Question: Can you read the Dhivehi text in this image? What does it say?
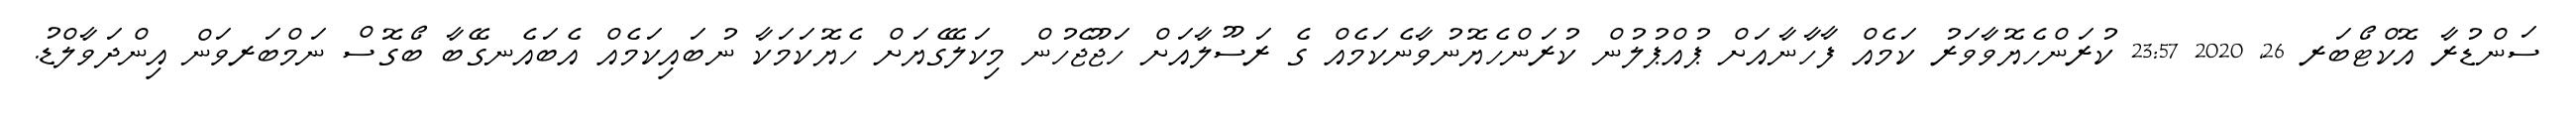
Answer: ސަންޑުރާ އޮކްޓޯބަރ 26, 2020 23:57 ކުރަންހެޔޮވާވަރު ކަމެއް ފާހާނާއަށް ޕުއްޕުލުން ކުރަންހެޔޮނުވާނެކަމެއް ގެ ރަސޫލާއަށް ހަޖޫޖެހުން މިކަލޭގެޔަށް ހެޔޮކަމަކާ ނުބައިކަމެއް އެބައެނގޭބާ ބޯގޮސް ނަމްބަރވަން އިންދަވާލްޑު.